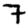
Digit: 7